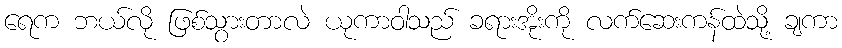
ရေက ဘယ်လို ဖြစ်သွားတာလဲ ယုကာဝါသည် ခရားအိုးကို လက်ဆေးကန်ထဲသို့ ချကာ